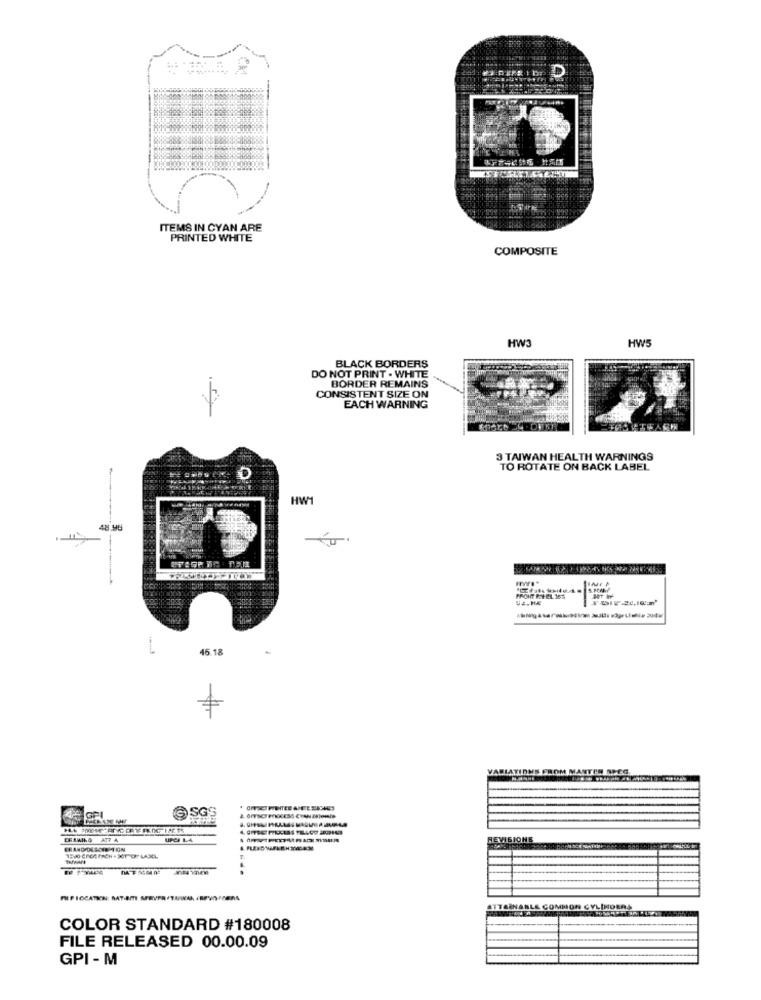
D
ITEMS IN CYAN ARE
PRINTED WHITE
COMPOSITE
HW5
HW3
BLACK BORDERS
DO NOT PRINT . WHITE
BORDER REMAINS
CONSISTENT SIZE ON
EACH WARNING
3 TAIWAN HEALTH WARNINGS
TO ROTATE ON BACK LABEL
HW
45.18
VARIATIONS FROM MASTEN SPEG.
@ SGS
UPCA L.A.
REVISIONE
ERANO DESOIE TON
ATTAINABLE COMMON CYLINDERS
COLOR STANDARD #180008
FILE RELEASED 00.00.09
GPI - M